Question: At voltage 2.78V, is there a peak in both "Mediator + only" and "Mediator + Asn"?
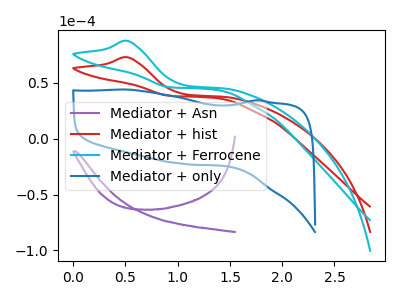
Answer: <think>The purple curve "Mediator + Asn" has no peaks. The red curve "Mediator + hist" has an anodic peak at: (0.50V, 72.95uA). The cyan curve "Mediator + Ferrocene" has an anodic peak at: (0.50V, 87.60uA). The blue curve "Mediator + only" has no peaks.</think>
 <answer>No, "Mediator + only" and "Mediator + Asn" dont share a peak at 2.78V.</answer>
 <eval>mismatch</eval>